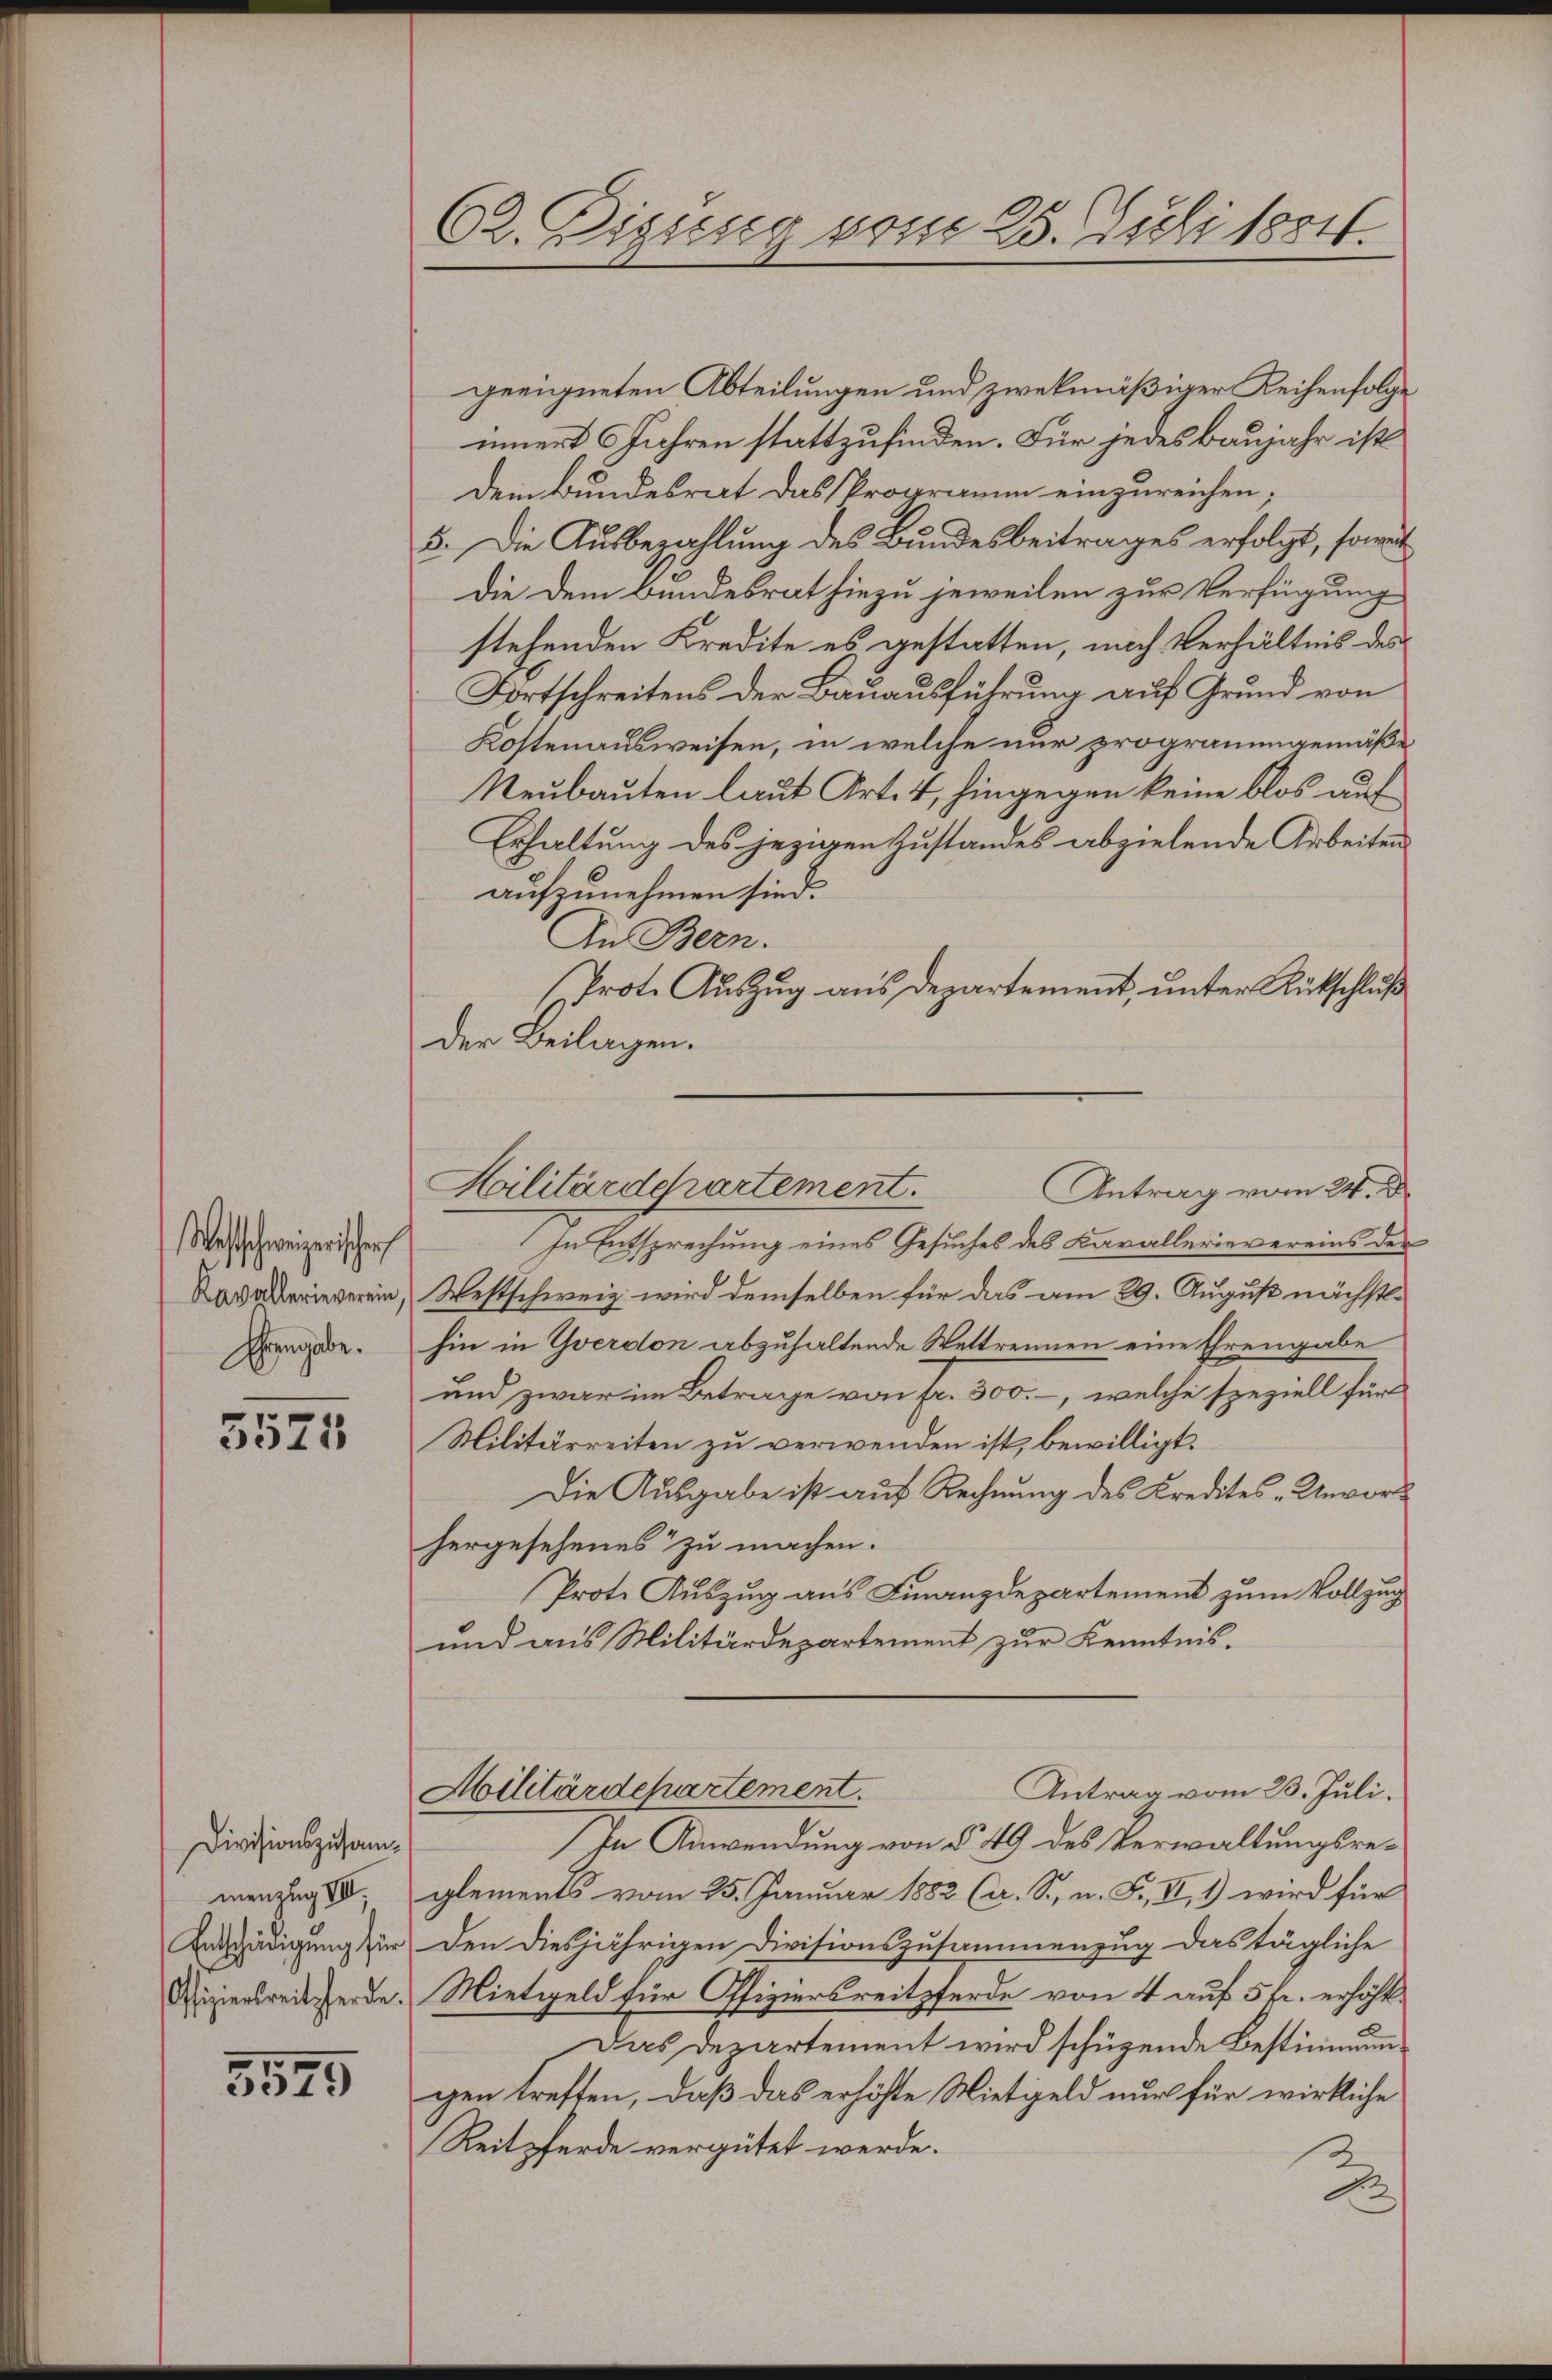
Westschweizerischen
Kavallerieverein,
Ehrengabe.

5521

Divisionszusammenzug IV
Entschädigung für
Offiziersreitsherde.

5579

62. Digung vom 25. Juli 1854.

geeigneten Abteilungen und zwekmäßiger Reihenfolge
innert 6 Jahren stattzufinden. Für jedes Baujahr ist
Dein Bundesrat das Programm einzureichen;
5. Die Ausbezahlung des Bundesbeitrages erfolgt, sowit
die dem Bundesrat hiezu jeweilen zur Verfügung
stehenden Kredite es gestatten, nach Verhältnis des
Fortschreitens der Bauausführung auf Grund von
Kostenausweisen, in welche nur programmgemäße
Neubauten laut Art. 4, hingegen keine blos auf
Erhaltung des jezigen Zustandes abzielende Arbeiten
aufzunehmen sind.
In Bern.
Prote Auszug aus Departement, unter Rückschluß
Der Beilagen.
In Entsprechung eines Gesuches des Karallerievereins der
Westschweiz wird demselben für das am 29. August nächsthin in Yverdon abzuhaltende Wettrennen eine Ehrengabe
und zwar im Betrage von Fr. 300, welche speziell für
Militärreiten zu verwenden ist, bewilligt.
Die Ausgabe ist auf Rechnung des Kredites „Unvorhergesehenes zu machen.
Prote Auszug aus Finanzdepartement zum Vollzug
und aus Militärdepartement zur Kenntnis.
Militärdepartement.
Antrag vom 23. Juli.
In Anwendung von § 49 des Verwaltungsreglements vom 25. Januar 1882 (a. S., n. F. II, 1) wird für
Den diesjährigen Divisionszusammenzug das tägliche
Mietgeld für Offiziersreitpferde von 4 auf 5 kr. erhöht.
Das Departement wird schügende Bestimmungen treffen, daß das erhöhte Mietgeld nur für wirkliche
Reitpferde vergütet werde.
2

Hilitärdepartement.
Antrag vom 24. d.